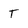
Character: T